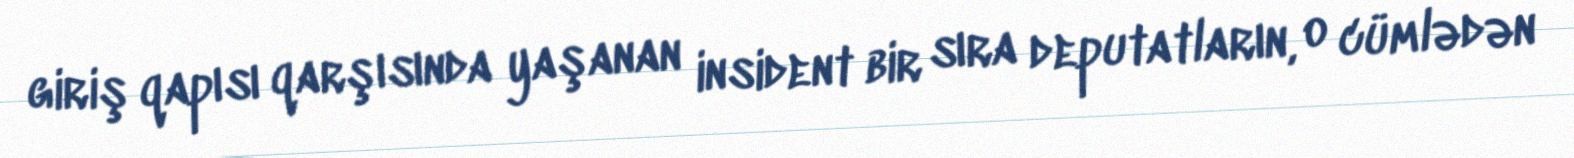
giriş qapısı qarşısında yaşanan insident bir sıra deputatların, o cümlədən